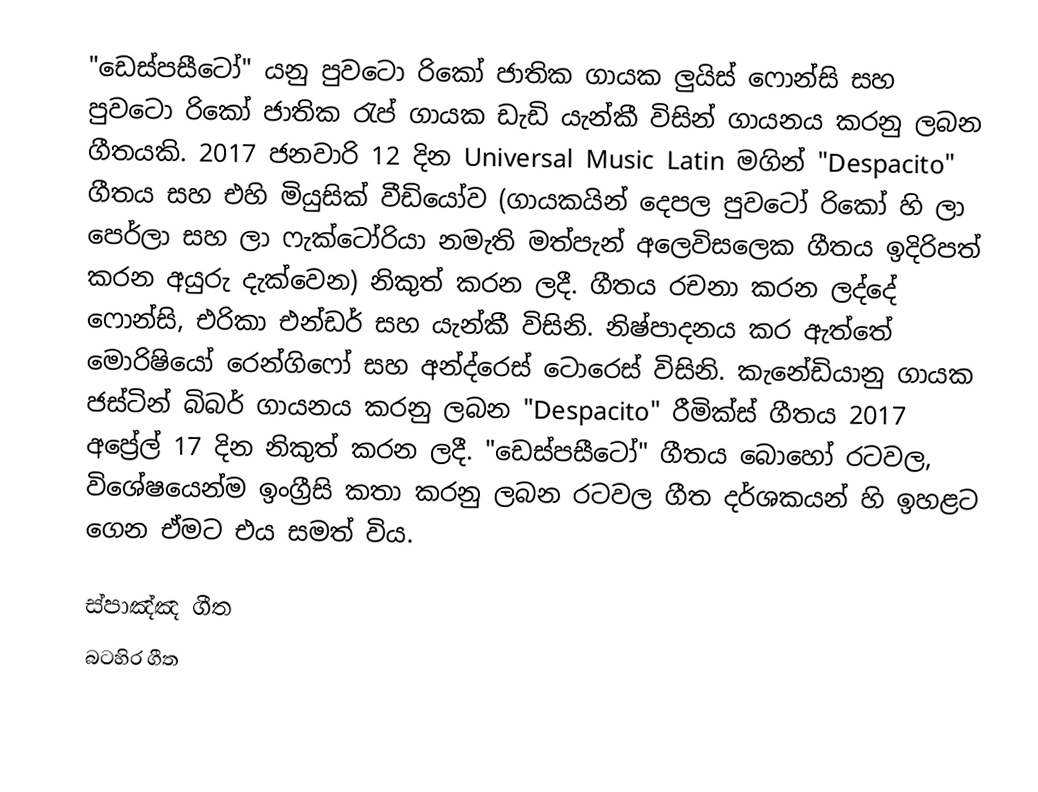
"ඩෙස්පසීටෝ" යනු පුවටො රිකෝ ජාතික ගායක ලුයිස් ෆොන්සි සහ පුවටො රිකෝ ජාතික රැප් ගායක ඩැඩි යැන්කී විසින් ගායනය කරනු ලබන ගීතයකි. 2017 ජනවාරි 12 දින Universal Music Latin මගින් "Despacito" ගීතය සහ එහි මියුසික් වීඩියෝව (ගායකයින් දෙපල පුවටෝ රිකෝ හි ලා පෙර්ලා සහ ලා ෆැක්ටෝරියා නමැති මත්පැන් අලෙවිසලෙක ගීතය ඉදිරිපත් කරන අයුරු දැක්වෙන) නිකුත් කරන ලදී. ගීතය රචනා කරන ලද්දේ ෆොන්සි, එරිකා එන්ඩර් සහ යැන්කී විසිනි. නිෂ්පාදනය කර ඇත්තේ මොරිෂියෝ රෙන්ගිෆෝ සහ අන්ද්රෙස් ටොරෙස් විසිනි. කැනේඩියානු ගායක ජස්ටින් බිබර් ගායනය කරනු ලබන "Despacito" රීමික්ස් ගීතය 2017 අප්‍රේල් 17 දින නිකුත් කරන ලදී. "ඩෙස්පසීටෝ" ගීතය බොහෝ රටවල, විශේෂයෙන්ම ඉංග්‍රීසි කතා කරනු ලබන රටවල ගීත දර්ශකයන් හි ඉහළට ගෙන ඒමට එය සමත් විය.

ස්පාඤ්ඤ ගීත
බටහිර ගීත